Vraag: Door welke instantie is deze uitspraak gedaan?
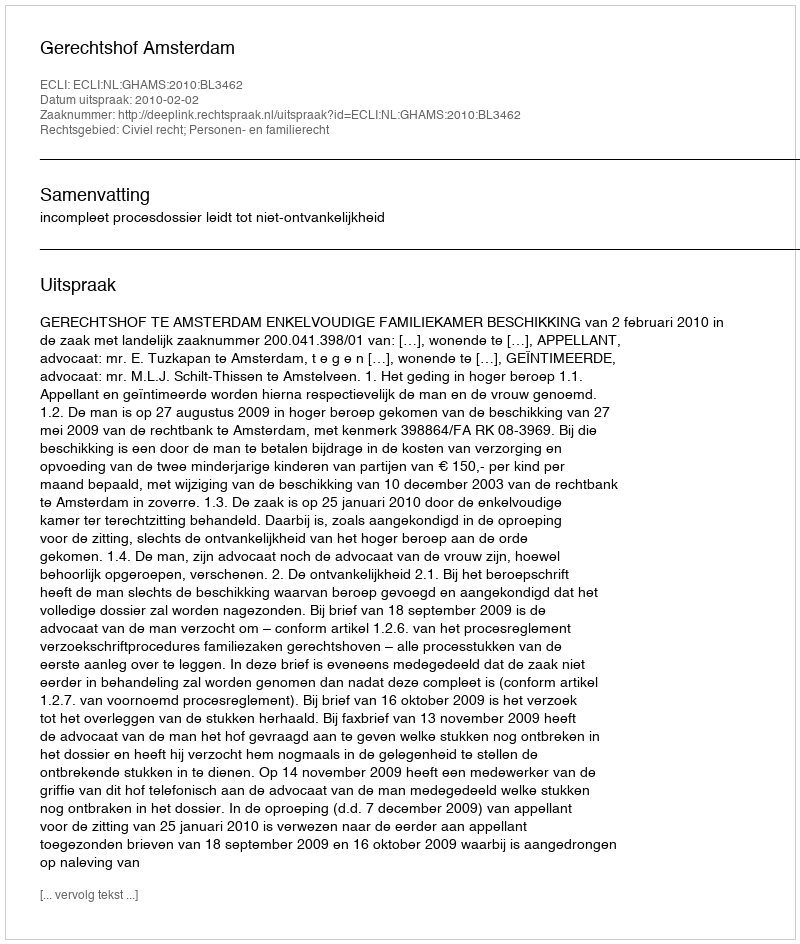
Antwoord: Gerechtshof Amsterdam